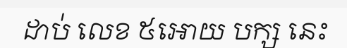
ដាប់ លេខ ៥អោយ បក្ស នេះ